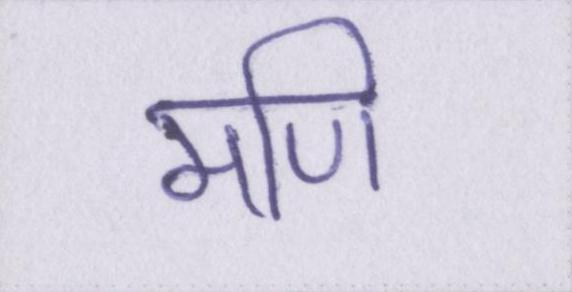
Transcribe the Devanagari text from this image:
मणि